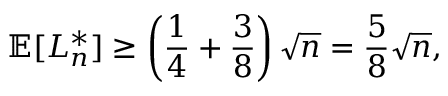
\mathbb { E } [ L _ { n } ^ { * } ] \geq \left( { \frac { 1 } { 4 } } + { \frac { 3 } { 8 } } \right) { \sqrt { n } } = { \frac { 5 } { 8 } } { \sqrt { n } } ,